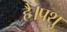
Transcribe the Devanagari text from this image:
हैं।पशु